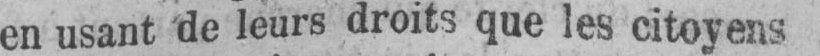
en usant de leurs droits que les citoyens